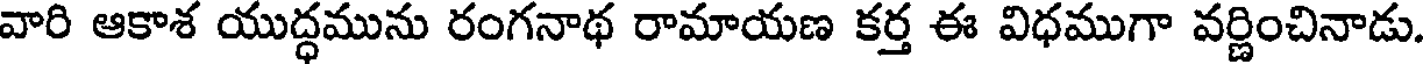
వారి ఆకాశ యుద్ధమును రంగనాథ రామాయణ కర్త ఈ విధముగా వర్ణించినాడు.